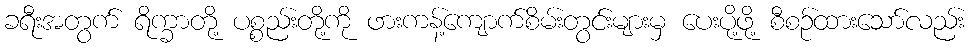
ခရီးအတွက် ရိက္ခာတို့ ပစ္စည်းတို့ကို ဖားကန့်ကျောက်စိမ်းတွင်းများမှ ပေးပို့ဖို့ စီစဉ်ထားသော်လည်း